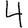
Digit: 4